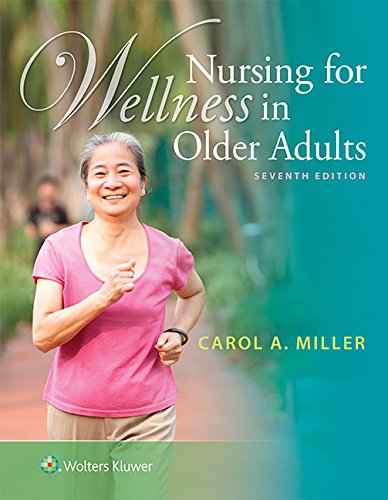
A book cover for Nursing for Wellness in Older Adults; Carol A. Miller MSN  RN-BC  AHN-BC; Medical Books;